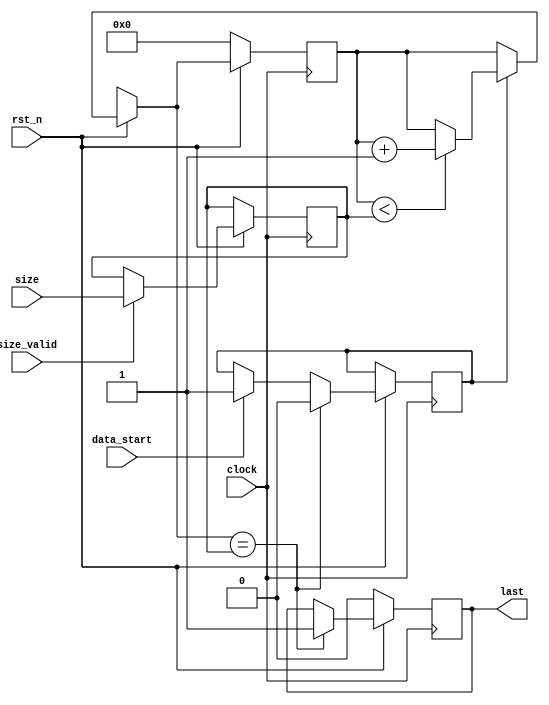
module size_count(
	input rst_n,
	input clock,
	input [31:0] size,
	input size_valid,
	input data_start,
	output reg last
);

reg flag;
reg[31:0] counter, capt;

always @ ( posedge clock ) begin
	if ( !rst_n ) begin
		last <= 1'b0;
		counter <= 6'b0;
	end
	
	else begin
		if (size_valid) begin
			capt[31:0] <= size[31:0];
		end
		
		if (data_start) begin
			flag <= 1'b1;
		end

		if (flag) begin		
			if (counter[31:0] < capt[31:0]) begin
				counter[31:0] = counter[31:0] + 1;
			end
		end

		if (counter[31:0] == capt[31:0]) begin
			last <= 1'b1;
			flag <= 1'b0;
		end
	end
end

endmodule